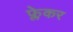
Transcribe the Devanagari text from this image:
फ्लेकर